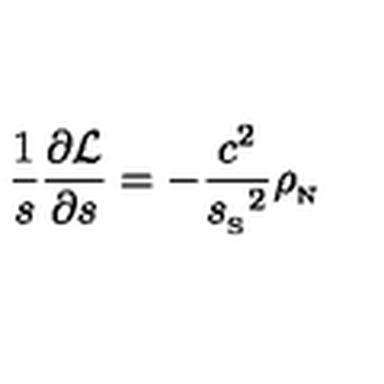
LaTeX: { \frac { 1 } { s } } { \frac { \partial { \cal L } } { \partial s } } = - { \frac { c ^ { 2 } } { { s _ { _ \mathrm { S } } } ^ { 2 } } } { \rho _ { _ \mathrm { N } } }